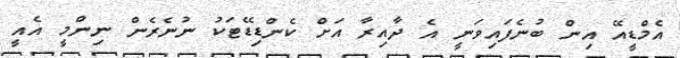
އެމްޑީއޭ އިން ބުނެފައިވަނީ އެ ދާއިރާ އަށް ކެންޑިޑޭޓަކު ނުނެރެން ނިންމީ އެއީ